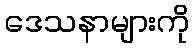
ဒေသနာများကို